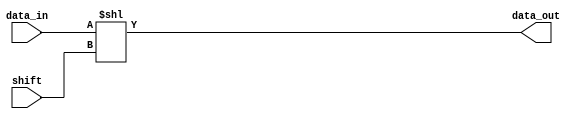
module CombShift (
    input [1:0] shift,
    input [17:0] data_in,
    output [20:0] data_out
);
    assign data_out = data_in << shift;
endmodule